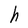
Character: h